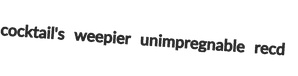
cocktail's weepier unimpregnable recd